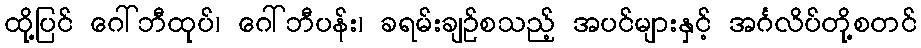
ထို့ပြင် ဂေါ်ဘီထုပ်၊ ဂေါ်ဘီပန်း၊ ခရမ်းချဉ်စသည့် အပင်များနှင့် အင်္ဂလိပ်တို့စတင်